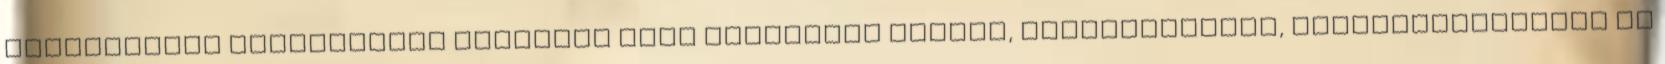
alakzatokat alkothatják egyszerű vagy összetett görbék, szövegkeretek, szövegkörvonalak és